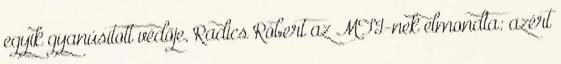
egyik gyanúsított védője, Radics Róbert az MTI-nek elmondta: azért